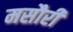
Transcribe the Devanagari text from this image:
मसौरी